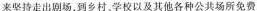
来坚持走出剧场，到乡村，学校以及其他各种公共场所免费